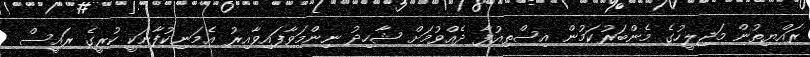
ރައްޔިތުން މަޖިލީހުގެ މެންބަރުކަމުން އިސްތިއުފާ ދެއްވުމަށް ޝާހިދު ނިންމަވާފައިވާއިރު އެމަނިކުފާނަކީ ކުރީގެ ރައީސް